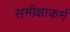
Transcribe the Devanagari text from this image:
समीक्षाकर्म